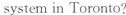
systemin Toronto?